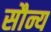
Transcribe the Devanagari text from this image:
सौन्य